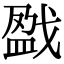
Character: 戤